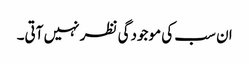
ان سب کی موجودگی نظر نہیں آتی۔